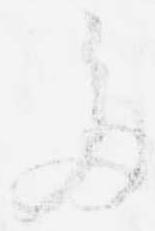
多